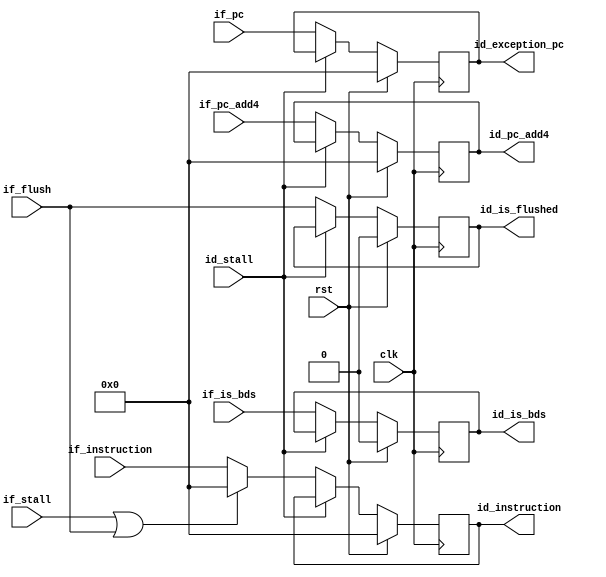
module musb_ifid_register(
    input               clk,                // main clock
    input               rst,                // main reset
    input       [31:0]  if_instruction,     // Instruction from IF
    input       [31:0]  if_pc_add4,         // PC + 1 from IF
    input       [31:0]  if_pc,              // PC     from IF
    input               if_is_bds,          // This instruction is a BDS.
    input               if_flush,           // clean
    input               if_stall,           // Stall IF
    input               id_stall,           // Stall ID
    output  reg [31:0]  id_instruction,     // ID instruction
    output  reg [31:0]  id_pc_add4,         // PC + 1 to ID
    output  reg [31:0]  id_exception_pc,    // PC to ID
    output  reg         id_is_bds,          // Instruction is a BDS
    output  reg         id_is_flushed       // This instruction must be ignored
    );

    always @(posedge clk) begin
        id_instruction  <= (rst) ? 32'b0 : ((id_stall) ? id_instruction  : ((if_stall | if_flush) ? 32'b0 : if_instruction));
        id_pc_add4      <= (rst) ? 32'b0 : ((id_stall) ? id_pc_add4                                       : if_pc_add4);     // check this for if_stall
        id_exception_pc <= (rst) ? 32'b0 : ((id_stall) ? id_exception_pc                                  : if_pc);          // check this for if_stall
        id_is_bds       <= (rst) ? 1'b0  : ((id_stall) ? id_is_bds                                        : if_is_bds);
        id_is_flushed   <= (rst) ? 1'b0  : ((id_stall) ? id_is_flushed                                    : if_flush);
    end
endmodule